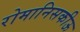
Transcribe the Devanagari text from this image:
रोमानिसकीऊ